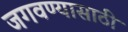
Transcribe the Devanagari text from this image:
जगवण्यासाठी